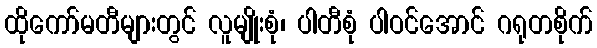
ထိုကော်မတီများတွင် လူမျိုးစုံ၊ ပါတီစုံ ပါဝင်အောင် ဂရုတစိုက်